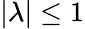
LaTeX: |\lambda|\le 1